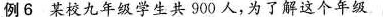
例6 某校九年级学生共900人，为了解这个年级